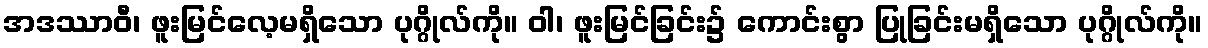
အဒဿာဝီ၊ ဖူးမြင်လေ့မရှိသော ပုဂ္ဂိုလ်ကို။ ဝါ၊ ဖူးမြင်ခြင်း၌ ကောင်းစွာ ပြုခြင်းမရှိသော ပုဂ္ဂိုလ်ကို။